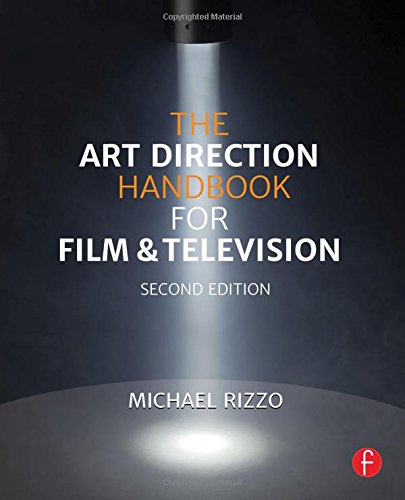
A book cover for The Art Direction Handbook for Film & Television; Michael Rizzo; Humor & Entertainment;